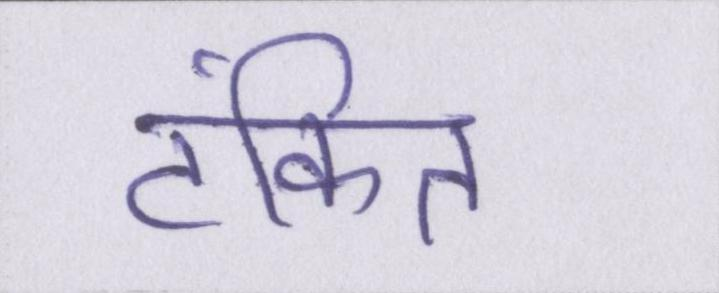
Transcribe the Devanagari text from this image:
टंकित